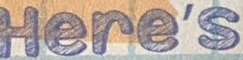
Here's